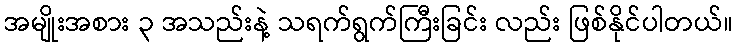
အမျိုးအစား ၃ အသည်းနဲ့ သရက်ရွက်ကြီးခြင်း လည်း ဖြစ်နိုင်ပါတယ်။